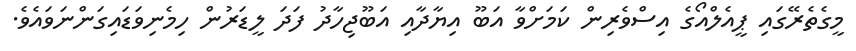
މީގެތެރޭގައި ޕީއެލްއޯގެ އިސްވެރިން ކަމަށްވާ އަބޫ އިޔާދާއި އަބޫޖިހާދު ފަދަ ލީޑަރުން ހިމެނިވަޑައިގަންނަވައެވެ.